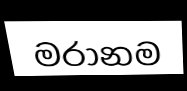
මරානම